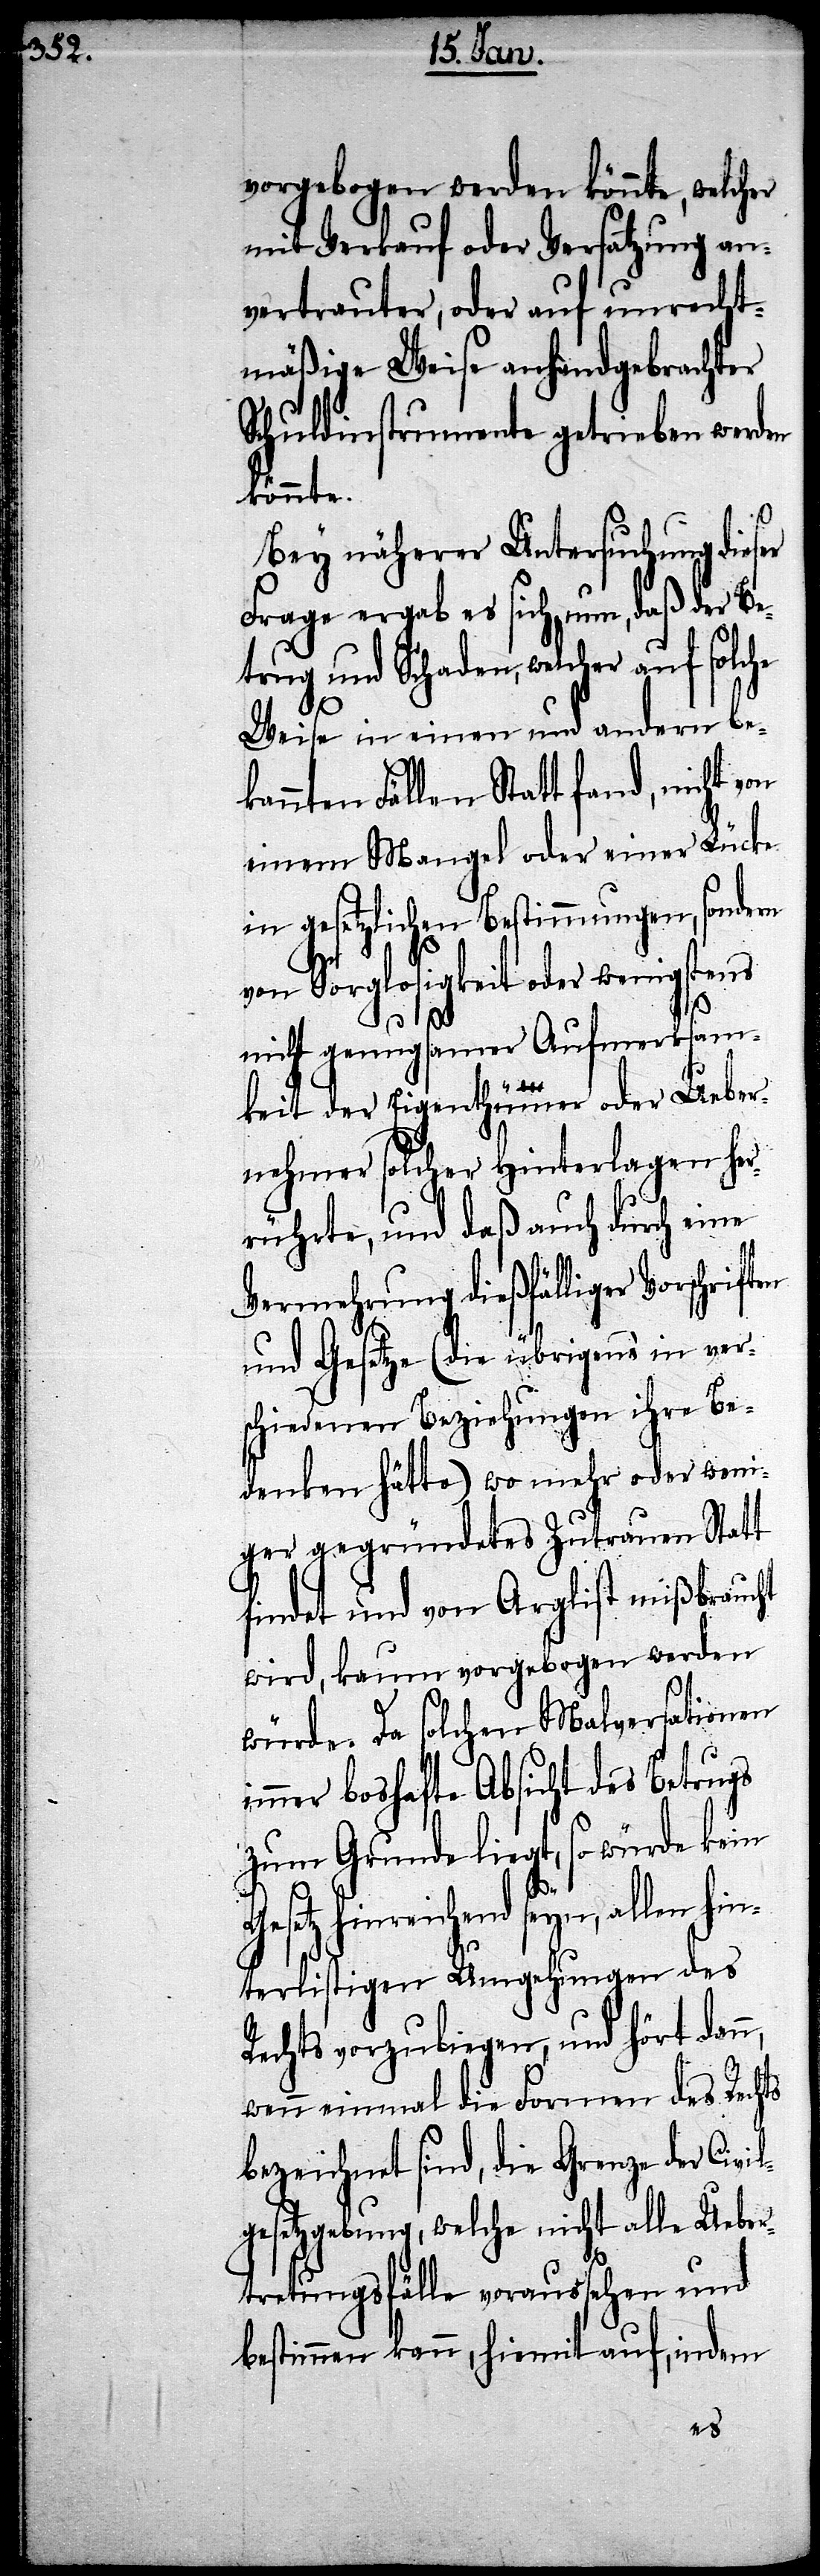
vorgebogen werden könnte, welcher
mit Verkauf oder Versatzung an¬
vertrauter, oder auf unrecht¬
mäßige Weise anhandgebrachter
Schuldinstrumente getrieben werden
könnte.
Bey näherer Untersuchung dieser
Frage ergab es sich nun, daß der Be¬
trug und Schaden, welcher auf solche
Weise in einen und andern be¬
kannten Fällen Statt fand, nicht
einem Mangel oder einer Lücke
in gesetzlichen Bestimmungen, sondern
von Sorglosigkeit oder wenigstens
n,
nicht genugsamer Aufmerksam¬
keit der Eigenthümer oder Ueber¬
nehmer solcher Hinterlagen her¬
rührte, und daß auch durch eine
Vermehrung dießfälliger Vorschrif¬
und Gesetze (die übrigens in ver¬
schiedenen Beziehungen ihre Be¬
denken hätte) wo mehr oder weni¬
ger gegründetes Zutrauen Statt
findet und von Arglist mißbraucht
wird, kaum vorgebogen werden
würde. Da solchen Malversationen
mmer boshafte Absicht des Betrugs
zum Grunde liegt, so würde kein
i¬
Gesetz hinreichend seyn, allen hin¬
terlistigen Umgehungen des
Rechts vorzubiegen, und hört dan¬
wenn einmal die Formen des Rechts
bezeichnet sind, die Grenze der Civi¬
lgesetzgebung, welche nicht alle Ueber¬
tretungsfälle voraussehen und
bestimmen kann, hiemit auf, indem
ten